Medical and sanitary report on the native army of Bombay for the year
Year: 1878
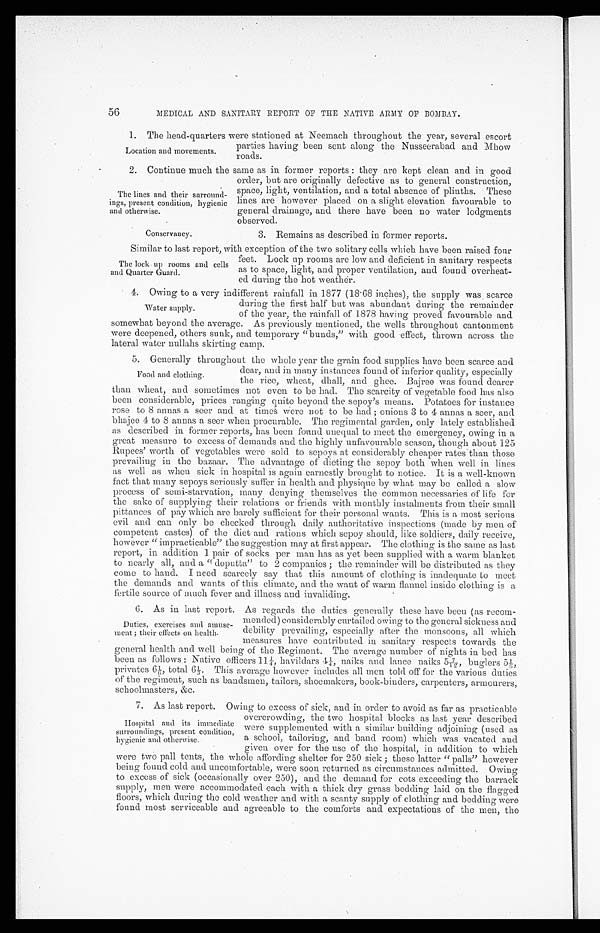
56
MEDICAL AND SANITARY REPORT OF THE NATIVE ARMY OF BOMBAY.
1.
The head-quarters were stationed at Neemach throughout the year, several escort
parties having been sent along the Nusseerabad and Mhow
roads.
2.
Continue much the same as in former reports : they are kept clean and in good
order, but are originally defective as to general construction,
space, light, ventilation, and a total absence of plinths. These
lines are however placed on a slight elevation favourable to
general drainage, and there have been no water lodgments
observed.
Location and movements.
The lines and their surround-
ings, present condition, hygienic
and otherwise.
Conservancy.
3. Remains as described in former reports.
Similar to last report, with exception of the two solitary cells which have been raised four
The lock up rooms and cells
and Quarter Guard.
feet. Lock up rooms are low and deficient in sanitary respects
as to space, light, and proper ventilation, and found overheat-
ed during the hot weather.
4.
Owing to a very indifferent rainfall in 1877 (18.68 inches), the supply was scarce
during the first half but was abundant during the remainder
of the year, the rainfall of 1878 having proved favourable and
somewhat beyond the average. As previously mentioned, the wells throughout cantonment
were deepened, others sunk, and temporary "bunds," with good effect, thrown across the
lateral water nullahs skirting camp.
5.
Generally throughout the whole year the grain food supplies have been scarce and
dear, and in many instances found of inferior quality, especially
the rice, wheat, dhall, and ghee. Bajree was found dearer
than wheat, and sometimes not even to be had. The scarcity of vegetable food has also
been considerable, prices ranging quite beyond the sepoy's means. Potatoes for instance
rose to 8 annas a seer and at times were not to be had ; onions 3 to 4 annas a seer, and
bhajee 4 to 8 annas a seer when procurable. The regimental garden, only lately established
as described in former reports, has been found unequal to meet the emergency, owing in a
great measure to excess of demands and the highly unfavourable season, though about 125
Rupees' worth of vegetables were sold to sepoys at considerably cheaper rates than those
prevailing in the bazaar. The advantage of dieting the sepoy both when well in lines
as well as when sick in hospital is again earnestly brought to notice. It is a well-known
fact that many sepoys seriously suffer in health and physique by what may be called a slow
process of semi-starvation, many denying themselves the common necessaries of life for
the sake of supplying their relations or friends with monthly instalments from their small
pittances of pay which are barely sufficient for their personal wants. This is a most serious
evil and can only be checked through daily authoritative inspections (made by men of
competent castes) of the diet and rations which sepoy should, like soldiers, daily receive,
however " impracticable" the suggestion may at first appear. The clothing is the same as last
report, in addition 1 pair of socks per man has as yet been supplied with a warm blanket
to nearly all, and a " doputta" to 2 companies ; the remainder will be distributed as they
come to hand. I need scarcely say that this amount of clothing is inadequate to meet
the demands and wants of this climate, and the want of warm flannel inside clothing is a
fertile source of much fever and illness and invaliding.
6.
As in last report. As regards the duties generally these have been (as recom-
mended) considerably curtailed owing to the general sickness and
debility prevailing, especially after the monsoons, all which
measures have contributed in sanitary respects towards the
general health and well being of the Regiment. The average number of nights in bed has
been as follows : Native officers 11 1/4, havildars 4 1/4, naiks and lance naiks 5 7/12, buglers 5 1/6,
p r i v a t e s 6 1 / 6 t o t a l 6 1 / 5 . Th i s a v e r a g e h o we v e r i n c l u d e s a l l me n t o l d o f f f o r t h e v a r i o u s d u t i e s
of the regiment, such as bandsmen, tailors, shoemakers, book-binders, carpenters, armourers,
schoolmasters, &c.
7. As last report. Owing to excess of sick, and in order to avoid as far as practicable
Hospital and its immediate
surroundings, present condition,
hygienic and otherwise.
were two pall tents, the whole affording shelter for 250 sick ; these latter " palls" however
being found cold and uncomfortable, were soon returned as circumstances admitted. Owing
to excess of sick (occasionally over 250), and the demand for cots exceeding the barrack
supply, men were accommodated each with a thick dry grass bedding laid. on the flagged
floors, which during the cold weather and with a scanty supply of clothing and bedding were
found most serviceable and agreeable to the comforts and expectations of the men, the
Water supply.
Food and clothing.
Duties, exercises and amuse-
ment ; their effects on health.
overcrowding, the two hospital blocks as last year described
were supplemented with a similar building adjoining (used as
a school, tailoring, and band room) which was vacated and
given over for the use of the hospital, in addition to which